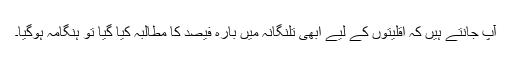
آپ جانتے ہیں کہ اقلیتوں کے لیے ابھی تلنگانہ میں بارہ فیصد کا مطالبہ کیا گیا تو ہنگامہ ہوگیا۔